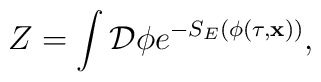
Z=\int {\cal D}\phi e^{-S_{E}(\phi(\tau,{\bf x}))},